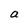
Character: a